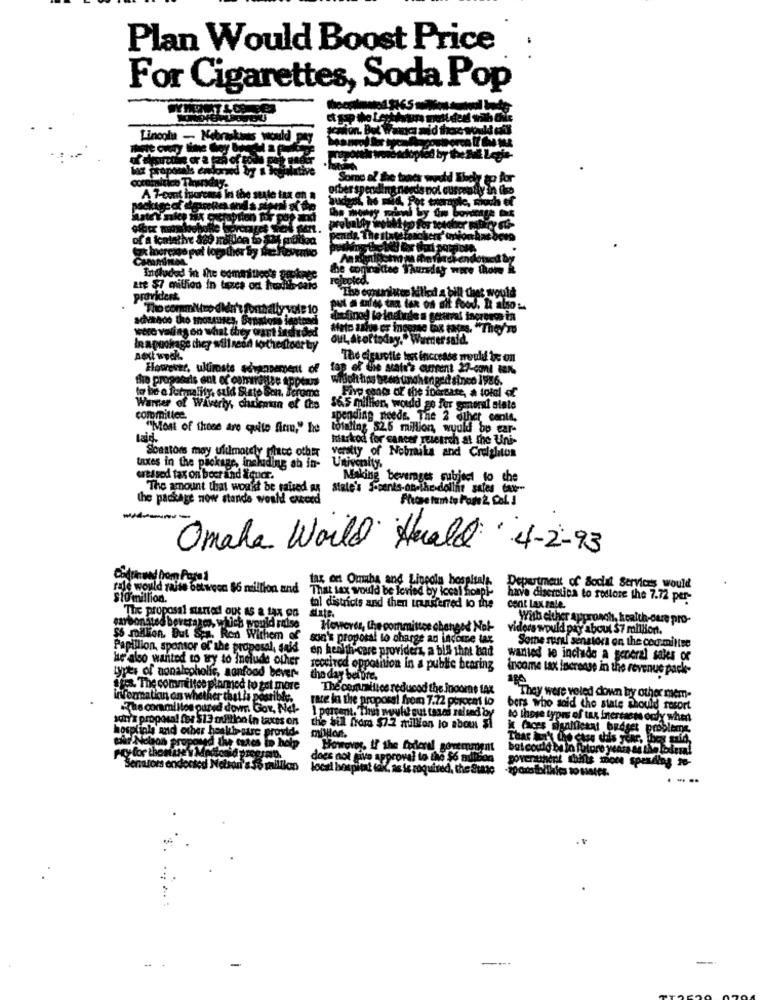
Plan Would Boost Price
For Cigarettes, Soda Pop
Lincola - N
A Tout hard
Included in the committee's gek
aTE $7 million in tuzes od health-sais
bill that would
providert.
The commitno di
put a urfes tan tan os off food, I alsos.
were vaing on what they want indirded
Moto anos er ingenne box Fas, "They're
In a pookage they willneed tothestoot
OuL, Atortoday." Warner said.
next week.
The eigurotie test increase would be on
However, ultiroste advancement of
fap of the state's current 27-cont ten.
the proposals ent of commonse
Wibolt has been uncheriged since 1986.
a formality, suld Stato Son, For
roma
Five sands of the iterate, a total of
Warner of Waverly, chuentin et Che
16.5 millien, wodd go fer gonord state
committee.
spending needs. The 2 other canlt.
"Most of these are quite firm," he
totaling 525 million, would by car-
Laid.
Itarkod for cancer research at the Uni-
taxes in the package, in
Soustons may ultimately place other
kane, including an in- University.
verstty of Nobrails and Creighton
creased tax on boer and liquer.
Making beverages subject to che
The amount that won't be raised as
State's 5-cents-on-the-dolint sales tax-
he package now stands would caeced
Phone tum te Pone 2, Col. I
----
Omaha World Huald 4-2-93
rale would raise between $6 million and
That tax would be levied by iccal honpk-
tax ont Omuhe and Lincoln hospitals. Department of Social Services would
Sto million.
have diserctica to restore the 7.72 per-
date.
tol districts and then transferred to the cent Lax zale.
The proposal started out as a tax on
With either Approach, kcalth-oure pro-
en bonated beverage, which would raise
However, the committee changed Not-
viders would pay about $7 million.
56 million. But Spat Ron Withem of
son's proposal to charge an income tax
Some rund senatora on the cod.mittse
Papillion, sponsor of the proposal, sold en health-care providers, a bis that bad
He also wanted to wy to Include other
wanted le inchido a general sales of
received opposition in a public bearing
income tax increase in the revenue pack-
types of nonalcoholic, sanfood bever-
the day before.
ftes. The committee plarmed to get more
The committee reduced the income tax
information on whether that la post
They were veled down by other mem-
.The coramilles oured dov Gov, Nel- 1 percent. Thus wull sus tesos ral ted by
race in the proposal from 7.72 porcent lo
bers who said the state should resort
to those types of tax interesses oddy when
Ich7x proposal for $13 million in taxes on
the Bull from $7.2 million lo about $1
hospitals and other heekipatre provide millor.
However, If the federal government
bat could be in Portare years as the
does not give approval to the $6 million
Senators endorsed Nelson & 38 million
local hospitat tak, as is required, the State
...
---
--